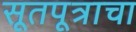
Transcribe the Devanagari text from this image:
सूतपूत्राचा